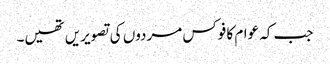
جب کہ عوام کا فوکس مردوں کی تصویریں تھیں۔